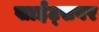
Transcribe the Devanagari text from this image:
साईट्सवर